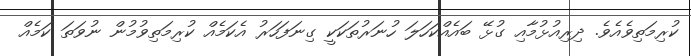
ކުރިމަތިވެއެވެ. ދިރިއުޅުމާއި ގުޅޭ ބައެއްކަހަލަ ހުނަރުތަކަކީ ގިނަފަހަރު އެކަމެއް ކުރިމަތިވުމުން ނުވަތަ ކަމެއް